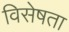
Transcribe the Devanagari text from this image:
विसेषता